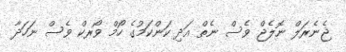
ޖެނެރަލް ނޮލެޖް ވެސް ނެތް އަދި ކަންކަމުގެ ހޯމް ވޯރކް ވެސް ނަހަދާ